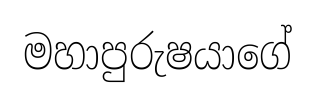
මහාපුරුෂයාගේ